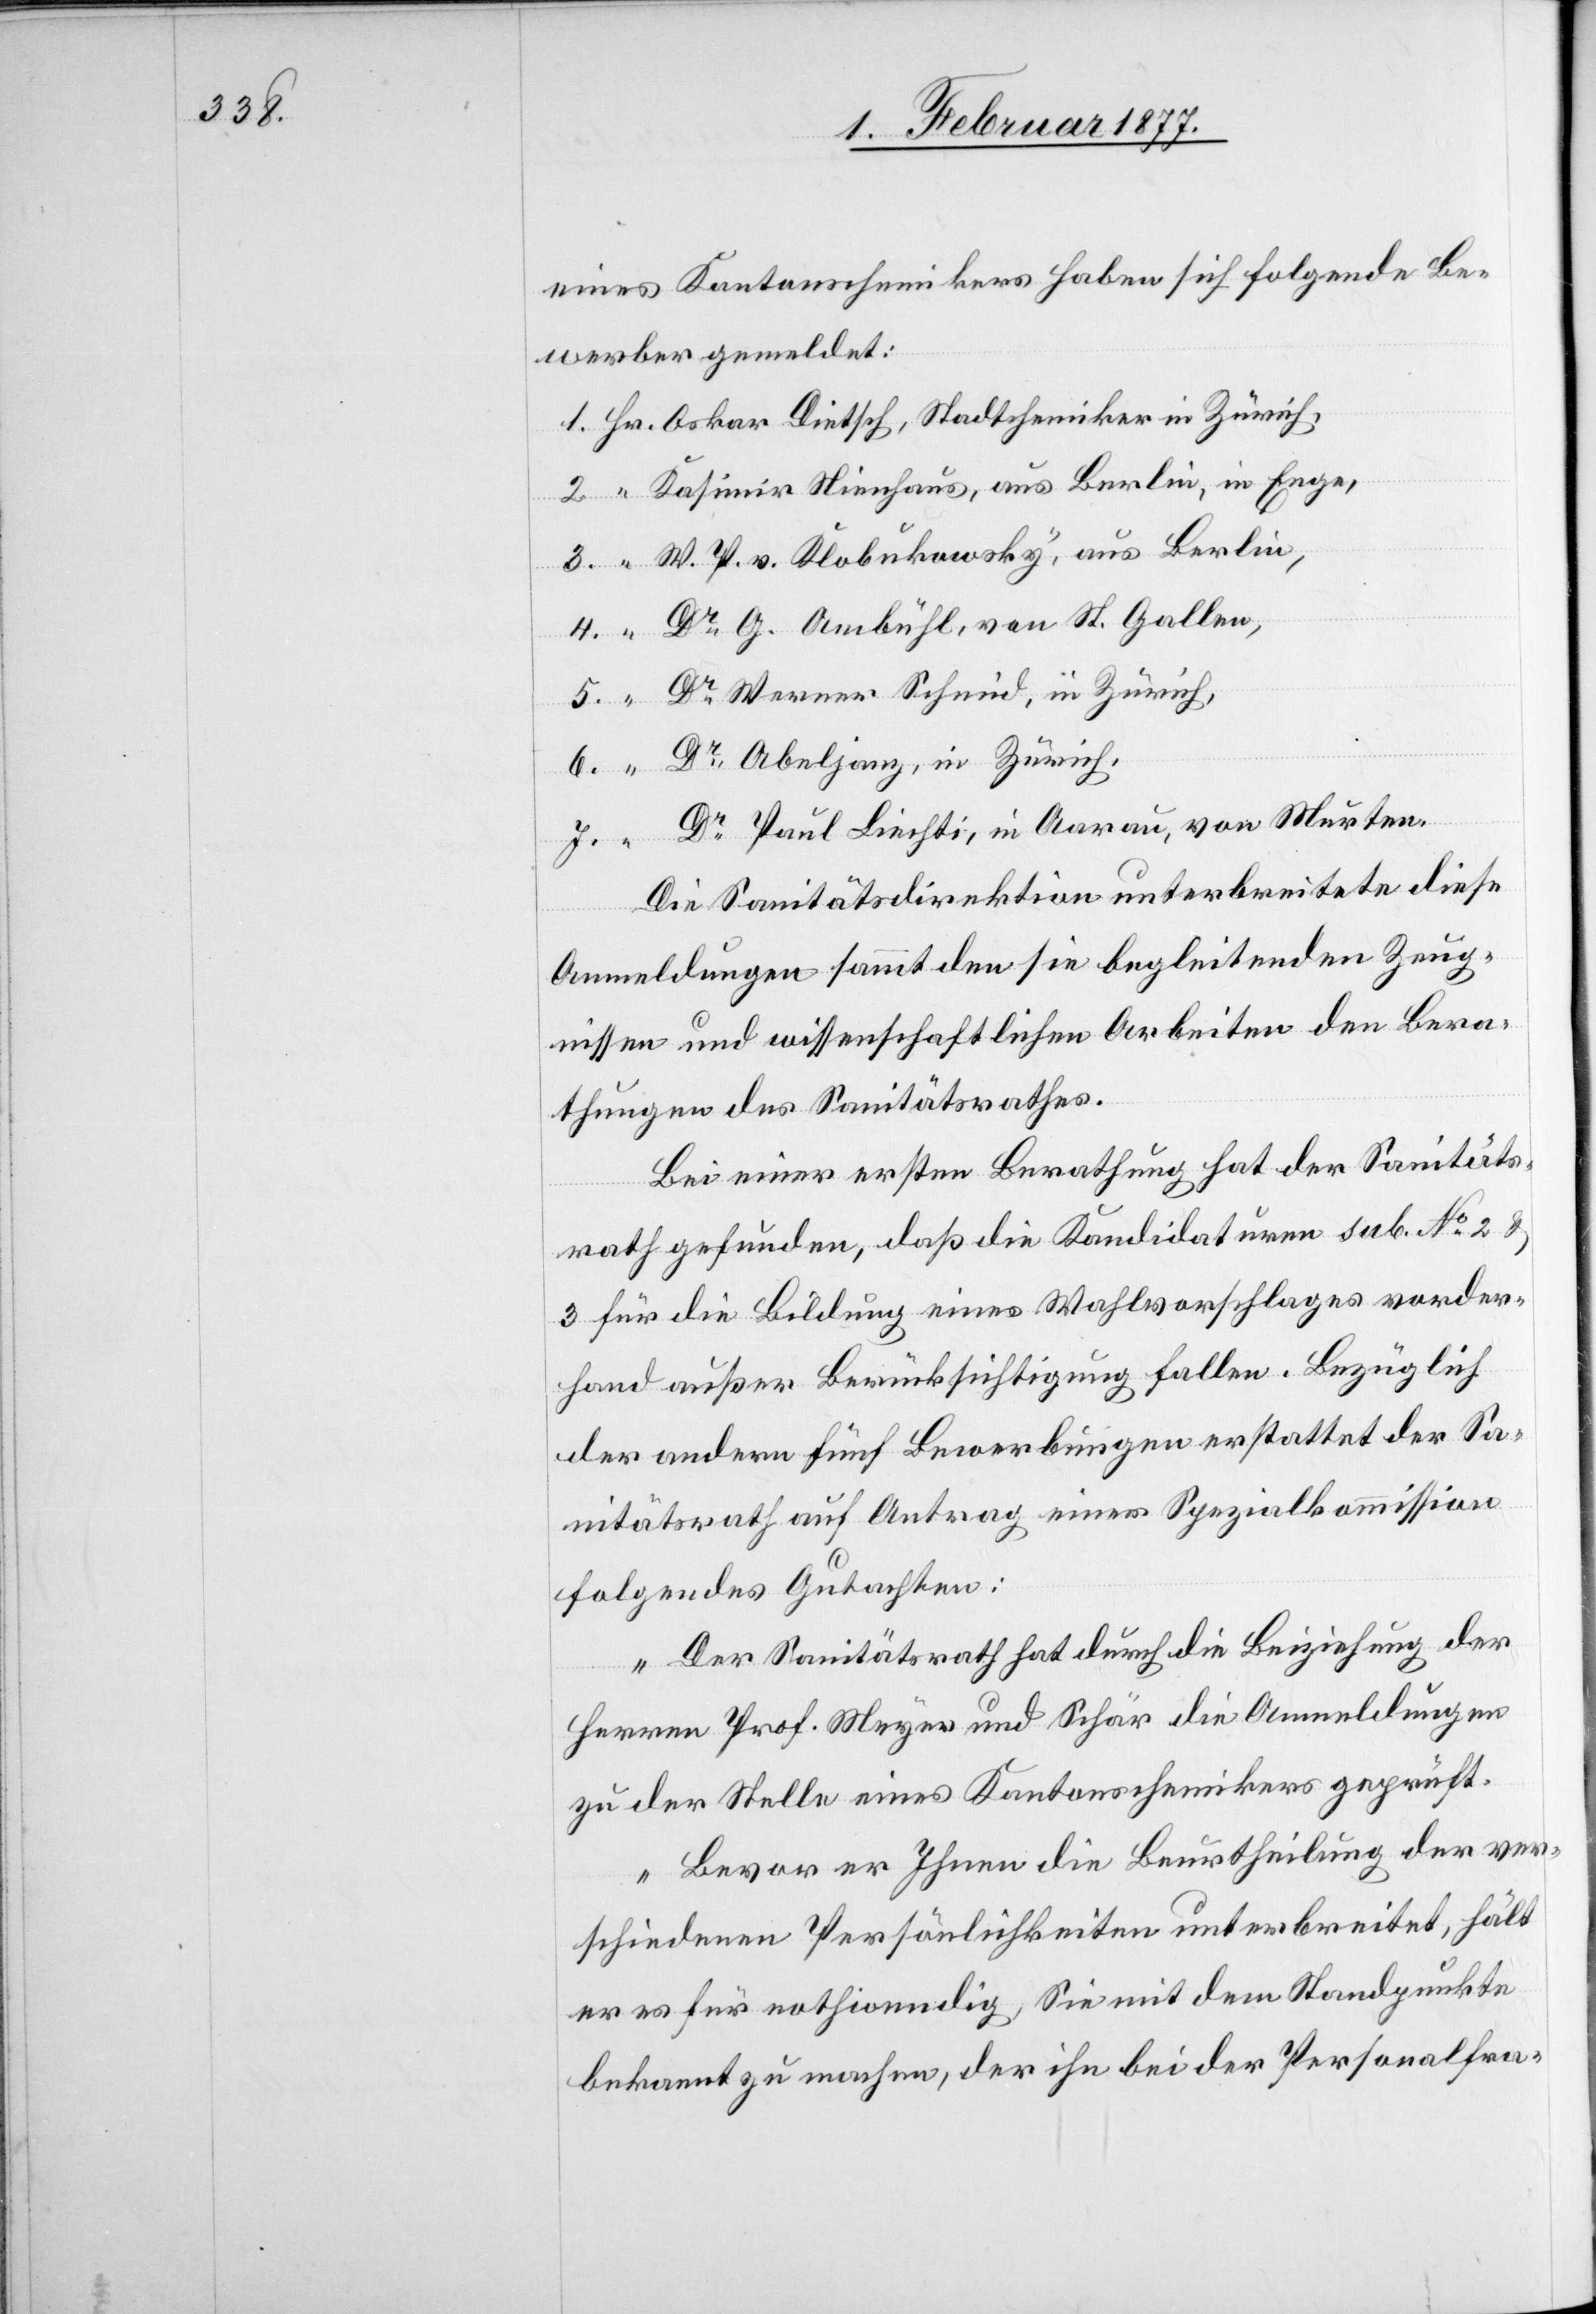
eines Kantonschemikers haben sich folgende Be¬
werber gemeldet:
Kasimir Nienhaus, aus Berlin, in Enge,
W. P. v. Klobukowsky, aus Berlin,
Dr Werner Schmid, in Zürich,
Dr Abeljanz, in Zürich,
Dr Paul Liechti, in Aarau, von Murten.
Die Sanitätsdirektion unterbreitete diese
Anmeldungen sammt den sie begleitenden Zeug¬
nissen und wissenschaftlichen Arbeiten den Bera¬
thungen des Sanitätsrathes.
Bei einer ersten Berathung hat der Sanitäts¬
5.
rath gefunden, daß die Kandidaturen sub. No 2
3 für die Bildung eines Wahlvorschlages vorder¬
hand außer Berücksichtigung fallen. Bezüglich
der andern fünf Bewerbungen erstattet der Sa¬
nitätsrath auf Antrag einer Spezialkommission
folgendes Gutachten:
„Der Sanitätsrath hat durch die Beiziehung der
Herren Prof. Meyer und Schär die Anmeldungen
zu der Stelle eines Kantonschemikers geprüft.
Bevor er Ihnen die Beurtheilung der ver¬
schiedenen Persönlichkeiten unterbreitet, hält
er es für nothwendig, Sie mit dem Standpunkte
bekannt zu machen, der ihn bei der Personalfra-